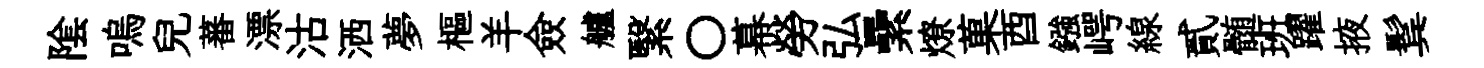
隂嗚兒蕃漂沽洒夢樞羊僉艫繄〇幕勞弘纍燎菓酉鏹崿線貳髄班躍掖鬂